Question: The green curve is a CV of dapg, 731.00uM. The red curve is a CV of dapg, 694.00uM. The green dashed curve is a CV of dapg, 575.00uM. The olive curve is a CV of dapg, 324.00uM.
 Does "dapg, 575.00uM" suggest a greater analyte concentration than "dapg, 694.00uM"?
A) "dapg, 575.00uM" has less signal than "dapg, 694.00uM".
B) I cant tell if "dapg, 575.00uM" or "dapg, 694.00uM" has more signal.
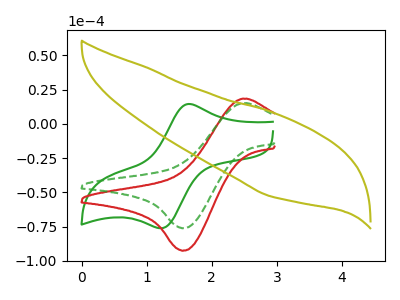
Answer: <think>The green curve "dapg, 731.00uM" has an anodic peak at (1.65V, 14.45uA) and a cathodic peak at (1.25V, -76.25uA). The red curve "dapg, 694.00uM" has an anodic peak at (2.45V, 18.20uA) and a cathodic peak at (1.55V, -92.60uA). The green dashed curve "dapg, 575.00uM" has an anodic peak at (2.45V, 15.00uA) and a cathodic peak at (1.55V, -76.20uA). The olive curve "dapg, 324.00uM" has no peaks.
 All the peaks in "dapg, 575.00uM" have a peak in "dapg, 694.00uM" at the same potential. Every peak in "dapg, 575.00uM" is lower than every peak in "dapg, 694.00uM".</think>
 <answer>A) "dapg, 575.00uM" has less signal than "dapg, 694.00uM".</answer>
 <eval>A</eval>